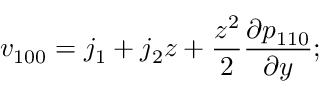
v _ { 1 0 0 } = j _ { 1 } + j _ { 2 } z + \frac { z ^ { 2 } } { 2 } \frac { \partial p _ { 1 1 0 } } { \partial y } ;